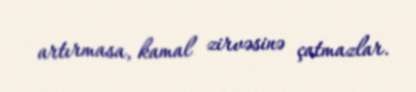
artırmasa, kamal zirvəsinə çatmazlar.